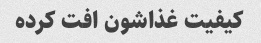
کیفیت غذاشون افت کرده